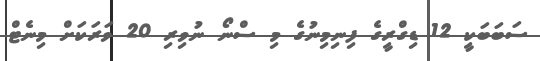
ސަބަބަކީ 12 ޑިގްރީގެ ފިނިމިނުގެ މި ސްނޯ ނުވިރި 20 ވަރަކަށް މިނެޓް